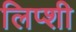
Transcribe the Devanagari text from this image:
लिप्शी